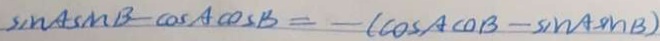
\sin A \sin B = \cos A \cos B = - ( \cos A \cos B - \sin A \sin B )